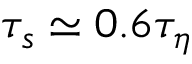
\tau _ { s } \simeq 0 . 6 \tau _ { \eta }